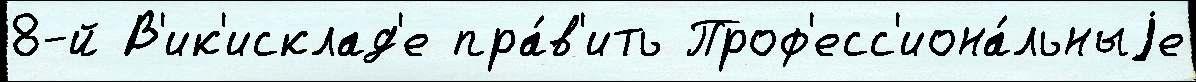
8-й В'ик'исклад'е пра́в'ить Проф'есс'иона́льныjе